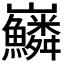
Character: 𡿠